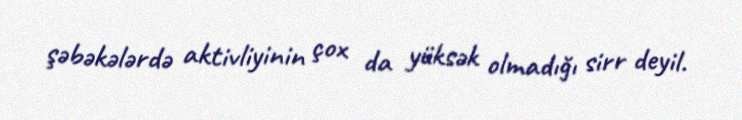
şəbəkələrdə aktivliyinin çox da yüksək olmadığı sirr deyil.